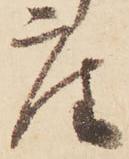
座